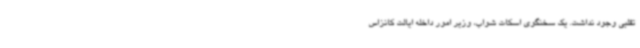
تقلبی وجود نداشت. یک سخنگوی اسکات شواب، وزیر امور داخله ایالت کانزاس